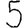
Digit: 5